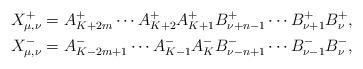
LaTeX: \begin{align*} X^+_{\mu,\nu} &= A^+_{K+2m} \cdots A^+_{K+2} A^+_{K+1} B^+_{\nu+n-1} \cdots B^+_{\nu+1} B^+_{\nu}, \\ X^-_{\mu,\nu} &= A^-_{K-2m+1} \cdots A^-_{K-1} A^-_K B^-_{\nu-n+1} \cdots B^-_{\nu-1} B^-_{\nu}, \end{align*}